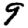
Digit: 9